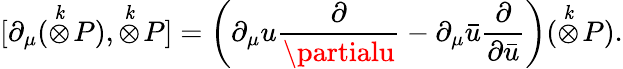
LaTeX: [\partial_{\mu}(\stackrel{\mathit{k}}{\otimes}\! P),\stackrel{\mathit{k}}{\otimes}\! P]=\left(\partial_{\mu}u\frac{{\partial}}{{\partialu}}-\partial_{\mu}\bar{{u}}\frac{{\partial}}{{\partial\bar{{u}}}}\right)(\stackrel{\mathit{k}}{\otimes}\! P).